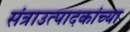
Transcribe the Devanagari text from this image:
संत्राउत्पादकांच्या